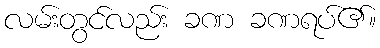
လမ်းတွင်လည်း ခဏ ခဏရပ်၏။